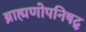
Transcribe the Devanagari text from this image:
ब्राह्मणोपनिषद्